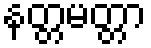
နတ္တမတ္တာ